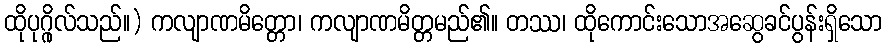
ထိုပုဂ္ဂိုလ်သည်။) ကလျာဏမိတ္တော၊ ကလျာဏမိတ္တမည်၏။ တဿ၊ ထိုကောင်းသောအဆွေခင်ပွန်းရှိသော